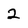
Character: 2